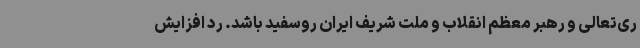
ری‌تعالی و رهبر معظم انقلاب و ملت شریف ایران روسفید باشد. رد افزایش